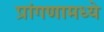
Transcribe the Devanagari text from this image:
प्रांगणामध्ये